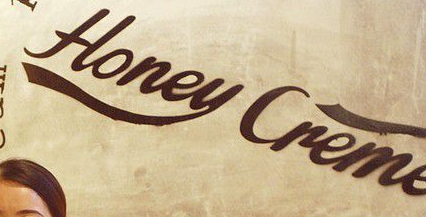
HOney Crem